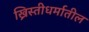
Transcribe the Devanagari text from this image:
ख्रिस्तीधर्मातील